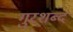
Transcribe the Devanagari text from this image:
गुरशब्द